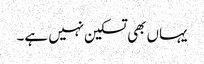
یہاں بھی تسکین نہیں ہے۔